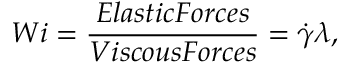
W i = \frac { E l a s t i c F o r c e s } { V i s c o u s F o r c e s } = \dot { \gamma } \lambda ,